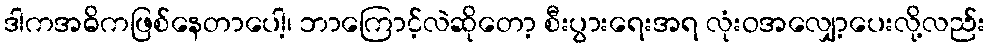
ဒါကအဓိကဖြစ်နေတာပေါ့၊ ဘာကြောင့်လဲဆိုတော့ စီးပွားရေးအရ လုံးဝအလျှော့ပေးလို့လည်း